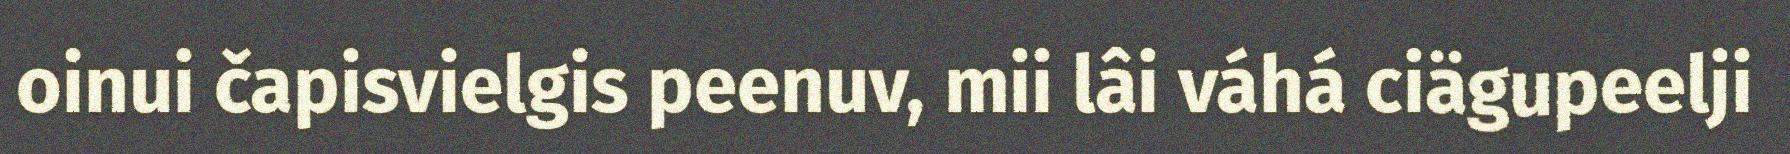
oinui čapisvielgis peenuv, mii lâi váhá ciägupeelji